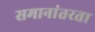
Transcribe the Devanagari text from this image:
समानांतरता